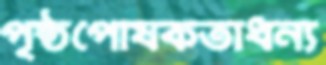
পৃষ্ঠপোষকতাধন্য